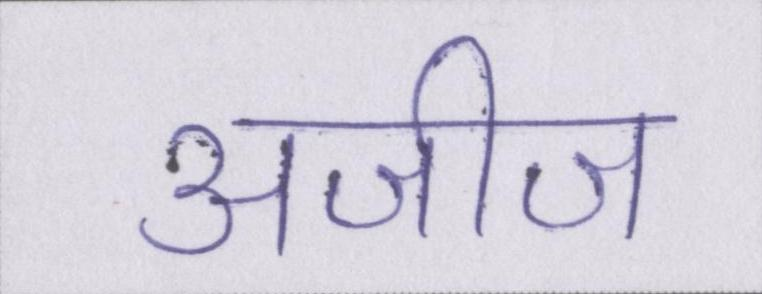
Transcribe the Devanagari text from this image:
अजीज